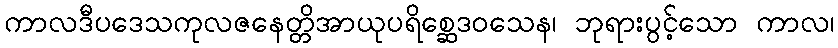
ကာလဒီပဒေသကုလဇနေတ္တိအာယုပရိစ္ဆေဒဝသေန၊ ဘုရားပွင့်သော ကာလ၊